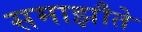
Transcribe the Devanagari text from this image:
समाझौते